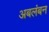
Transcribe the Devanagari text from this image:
अबलंबन